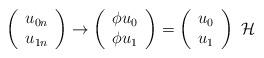
LaTeX: \begin{gather*}\left(\begin{array}{c}u_{0n}\\u_{1n}\end{array}\right)\to \left(\begin{array}{c}\phi u_0\\\phi u_1\end{array}\right)=\left(\begin{array}{c}u_0\\u_1\end{array}\right)\ \mathcal{H}\end{gather*}